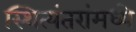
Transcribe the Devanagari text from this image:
स्थित्यंतरांमध्ये